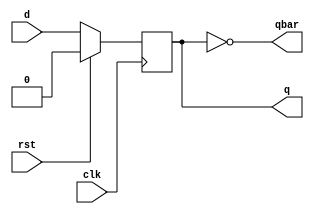
// D Flipflop Verilog Code

module dflipflop(q,qbar,clk,rst,d);
	output reg q;
	output qbar;
	input clk, rst;
	input d;

	assign qbar = ~q;

	always @(posedge clk)
	begin
		if (rst)
			q <= 0;
		else
			q <= d;
	end
endmodule

// TestBench D flipflop